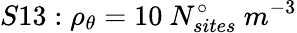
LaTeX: S13:\rho_{\theta}=10\ N_{sites}^{\circ}\ m^{-3}